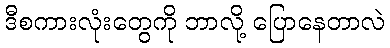
ဒီစကားလုံးတွေကို ဘာလို့ ပြောနေတာလဲ